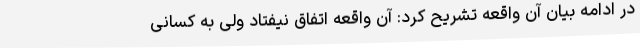
در ادامه بیان آن واقعه تشریح کرد: آن واقعه اتفاق نیفتاد ولی به کسانی